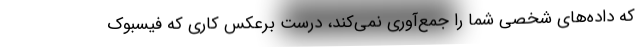
که داده‌های شخصی شما را جمع‌آوری نمی‌کند، درست برعکس کاری که فیسبوک